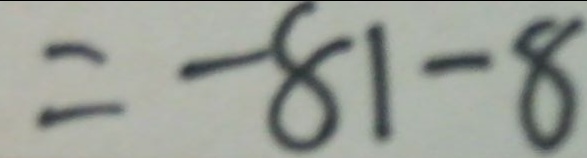
= - 8 1 - 8